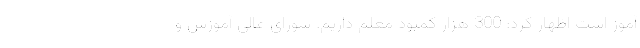
آموز است اظهار کرد: 300 هزار کمبود معلم داریم. شورای عالی آموزش و